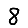
Digit: 8